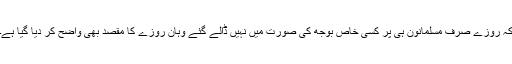
کہ روزے صرف مسلمانون ہی پر کسی خاص بوجھ کی صورت میں نہیں ڈالے گئے وہان روزے کا مقصد بھی واضح کر دیا گیا ہے۔